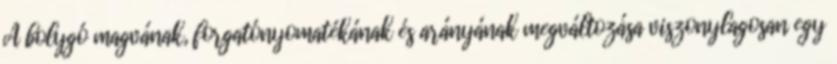
A bolygó magvának, forgatónyomatékának és arányának megváltozása viszonylagosan egy